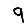
Digit: 9